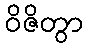
ဝိဇိတွာ